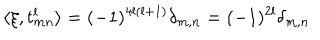
\langle \xi , t _ { m n } ^ { l } \rangle = ( - 1 ) ^ { 4 l ( l + 1 ) } \delta _ { m , n } = ( - 1 ) ^ { 2 l } \delta _ { m , n }